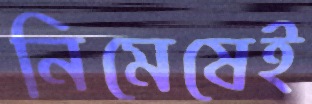
নিমেষেই